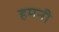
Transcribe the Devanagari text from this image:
हमनी